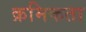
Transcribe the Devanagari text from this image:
क्रमिकता